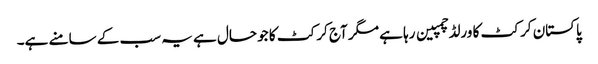
پاکستان کرکٹ کا ورلڈ چمپین رہا ہے مگر آج کرکٹ کا جو حال ہے یہ سب کے سامنے ہے۔